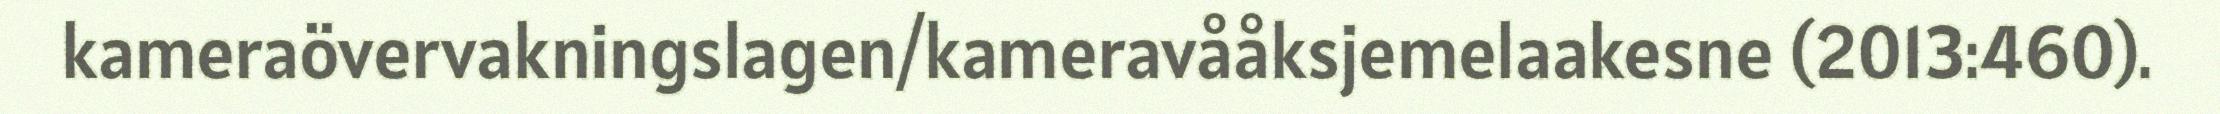
kameraövervakningslagen/kameravååksjemelaakesne (2013:460).